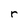
Character: r